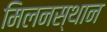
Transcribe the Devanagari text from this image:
मिलनस्थान